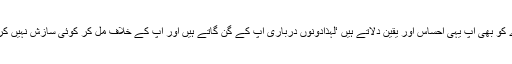
دوسرے کو بھی آپ یہی احساس اور یقین دلاتے ہیں ‘لہٰذادونوں درباری آپ کے گن گاتے ہیں اور آپ کے خلاف مل کر کوئی سازش نہیں کرسکتے۔